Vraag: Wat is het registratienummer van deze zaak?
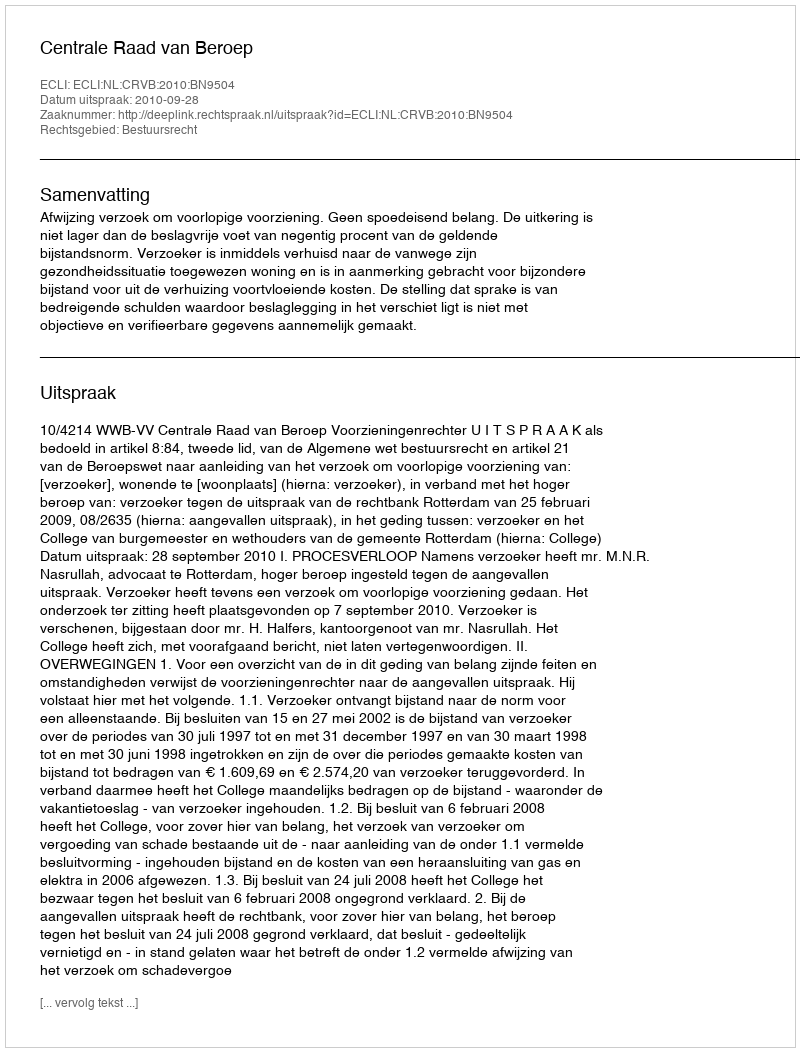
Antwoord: http://deeplink.rechtspraak.nl/uitspraak?id=ECLI:NL:CRVB:2010:BN9504